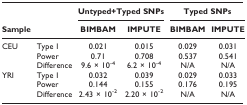
<table><thead><tr><td></td><td></td><td colspan="2"><b>Untyped+Typed SNPs</b></td><td colspan="2"><b>Typed SNPs</b></td></tr><tr><td><b>Sample</b></td><td></td><td><b>BIMBAM</b></td><td><b>IMPUTE</b></td><td><b>BIMBAM</b></td><td><b>IMPUTE</b></td></tr></thead><tbody><tr><td>CEU</td><td>Type I</td><td>0.021</td><td>0.015</td><td>0.029</td><td>0.031</td></tr><tr><td></td><td>Power</td><td>0.71</td><td>0.708</td><td>0.537</td><td>0.541</td></tr><tr><td></td><td>Difference</td><td>9.6 × 10<sup>-4</sup></td><td>6.2 × 10<sup>-4</sup></td><td>N/A</td><td>N/A</td></tr><tr><td>YRI</td><td>Type I</td><td>0.032</td><td>0.039</td><td>0.029</td><td>0.033</td></tr><tr><td></td><td>Power</td><td>0.144</td><td>0.155</td><td>0.176</td><td>0.195</td></tr><tr><td></td><td>Difference</td><td>2.43 × 10<sup>-2</sup></td><td>2.20 × 10<sup>-2</sup></td><td>N/A</td><td>N/A</td></tr></tbody></table>